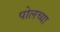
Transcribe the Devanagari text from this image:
पोलच्या